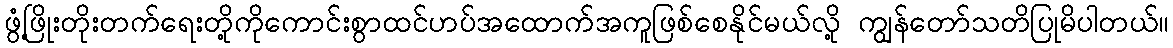
ဖွံ့ဖြိုးတိုးတက်ရေးတို့ကိုကောင်းစွာထင်ဟပ်အထောက်အကူဖြစ်စေနိုင်မယ်လို့ ကျွန်တော်သတိပြုမိပါတယ်။